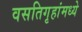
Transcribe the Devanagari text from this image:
वसतिगृहांमध्ये